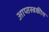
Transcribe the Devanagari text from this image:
आप्तस्वकीय